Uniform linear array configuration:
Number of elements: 16
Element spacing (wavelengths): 1
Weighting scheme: uniform
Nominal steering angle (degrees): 15
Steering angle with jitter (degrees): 14.787
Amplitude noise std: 0.05
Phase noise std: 0.05

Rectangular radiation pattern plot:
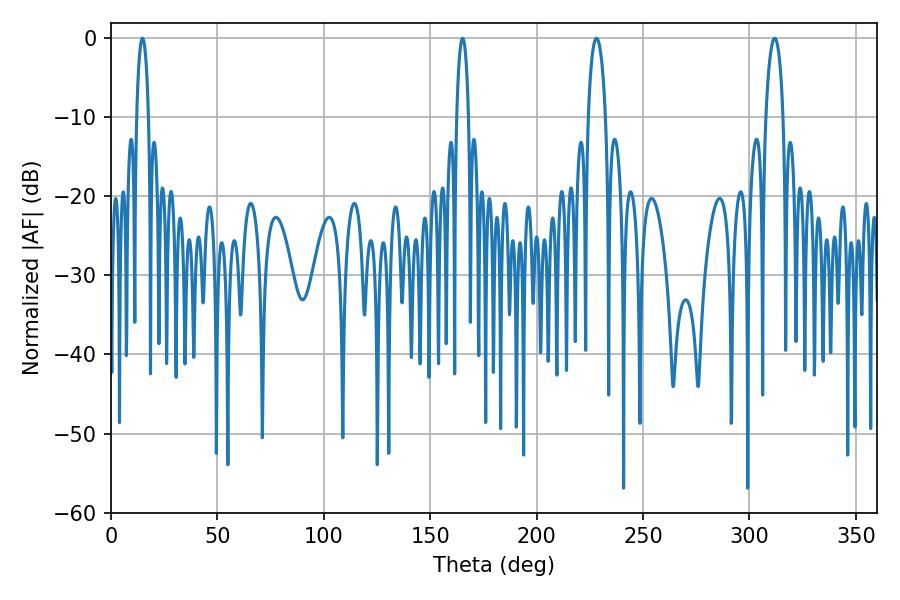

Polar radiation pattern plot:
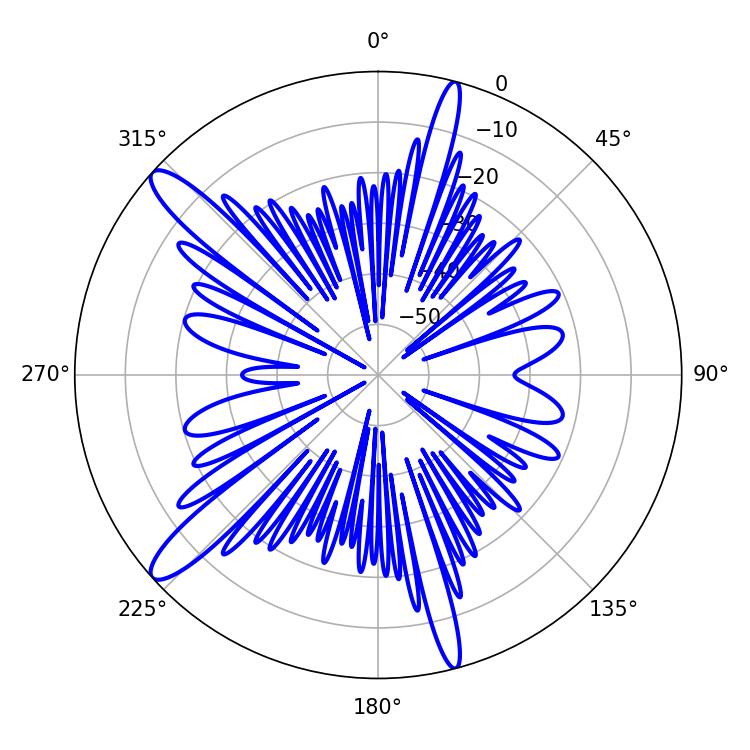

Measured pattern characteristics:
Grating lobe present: TRUE
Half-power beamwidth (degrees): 3.06
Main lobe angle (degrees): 14.76